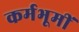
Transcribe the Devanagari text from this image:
कर्मभूमीं